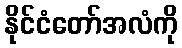
နိုင်ငံတော်အလံကို